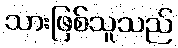
သားဖြစ်သူသည်